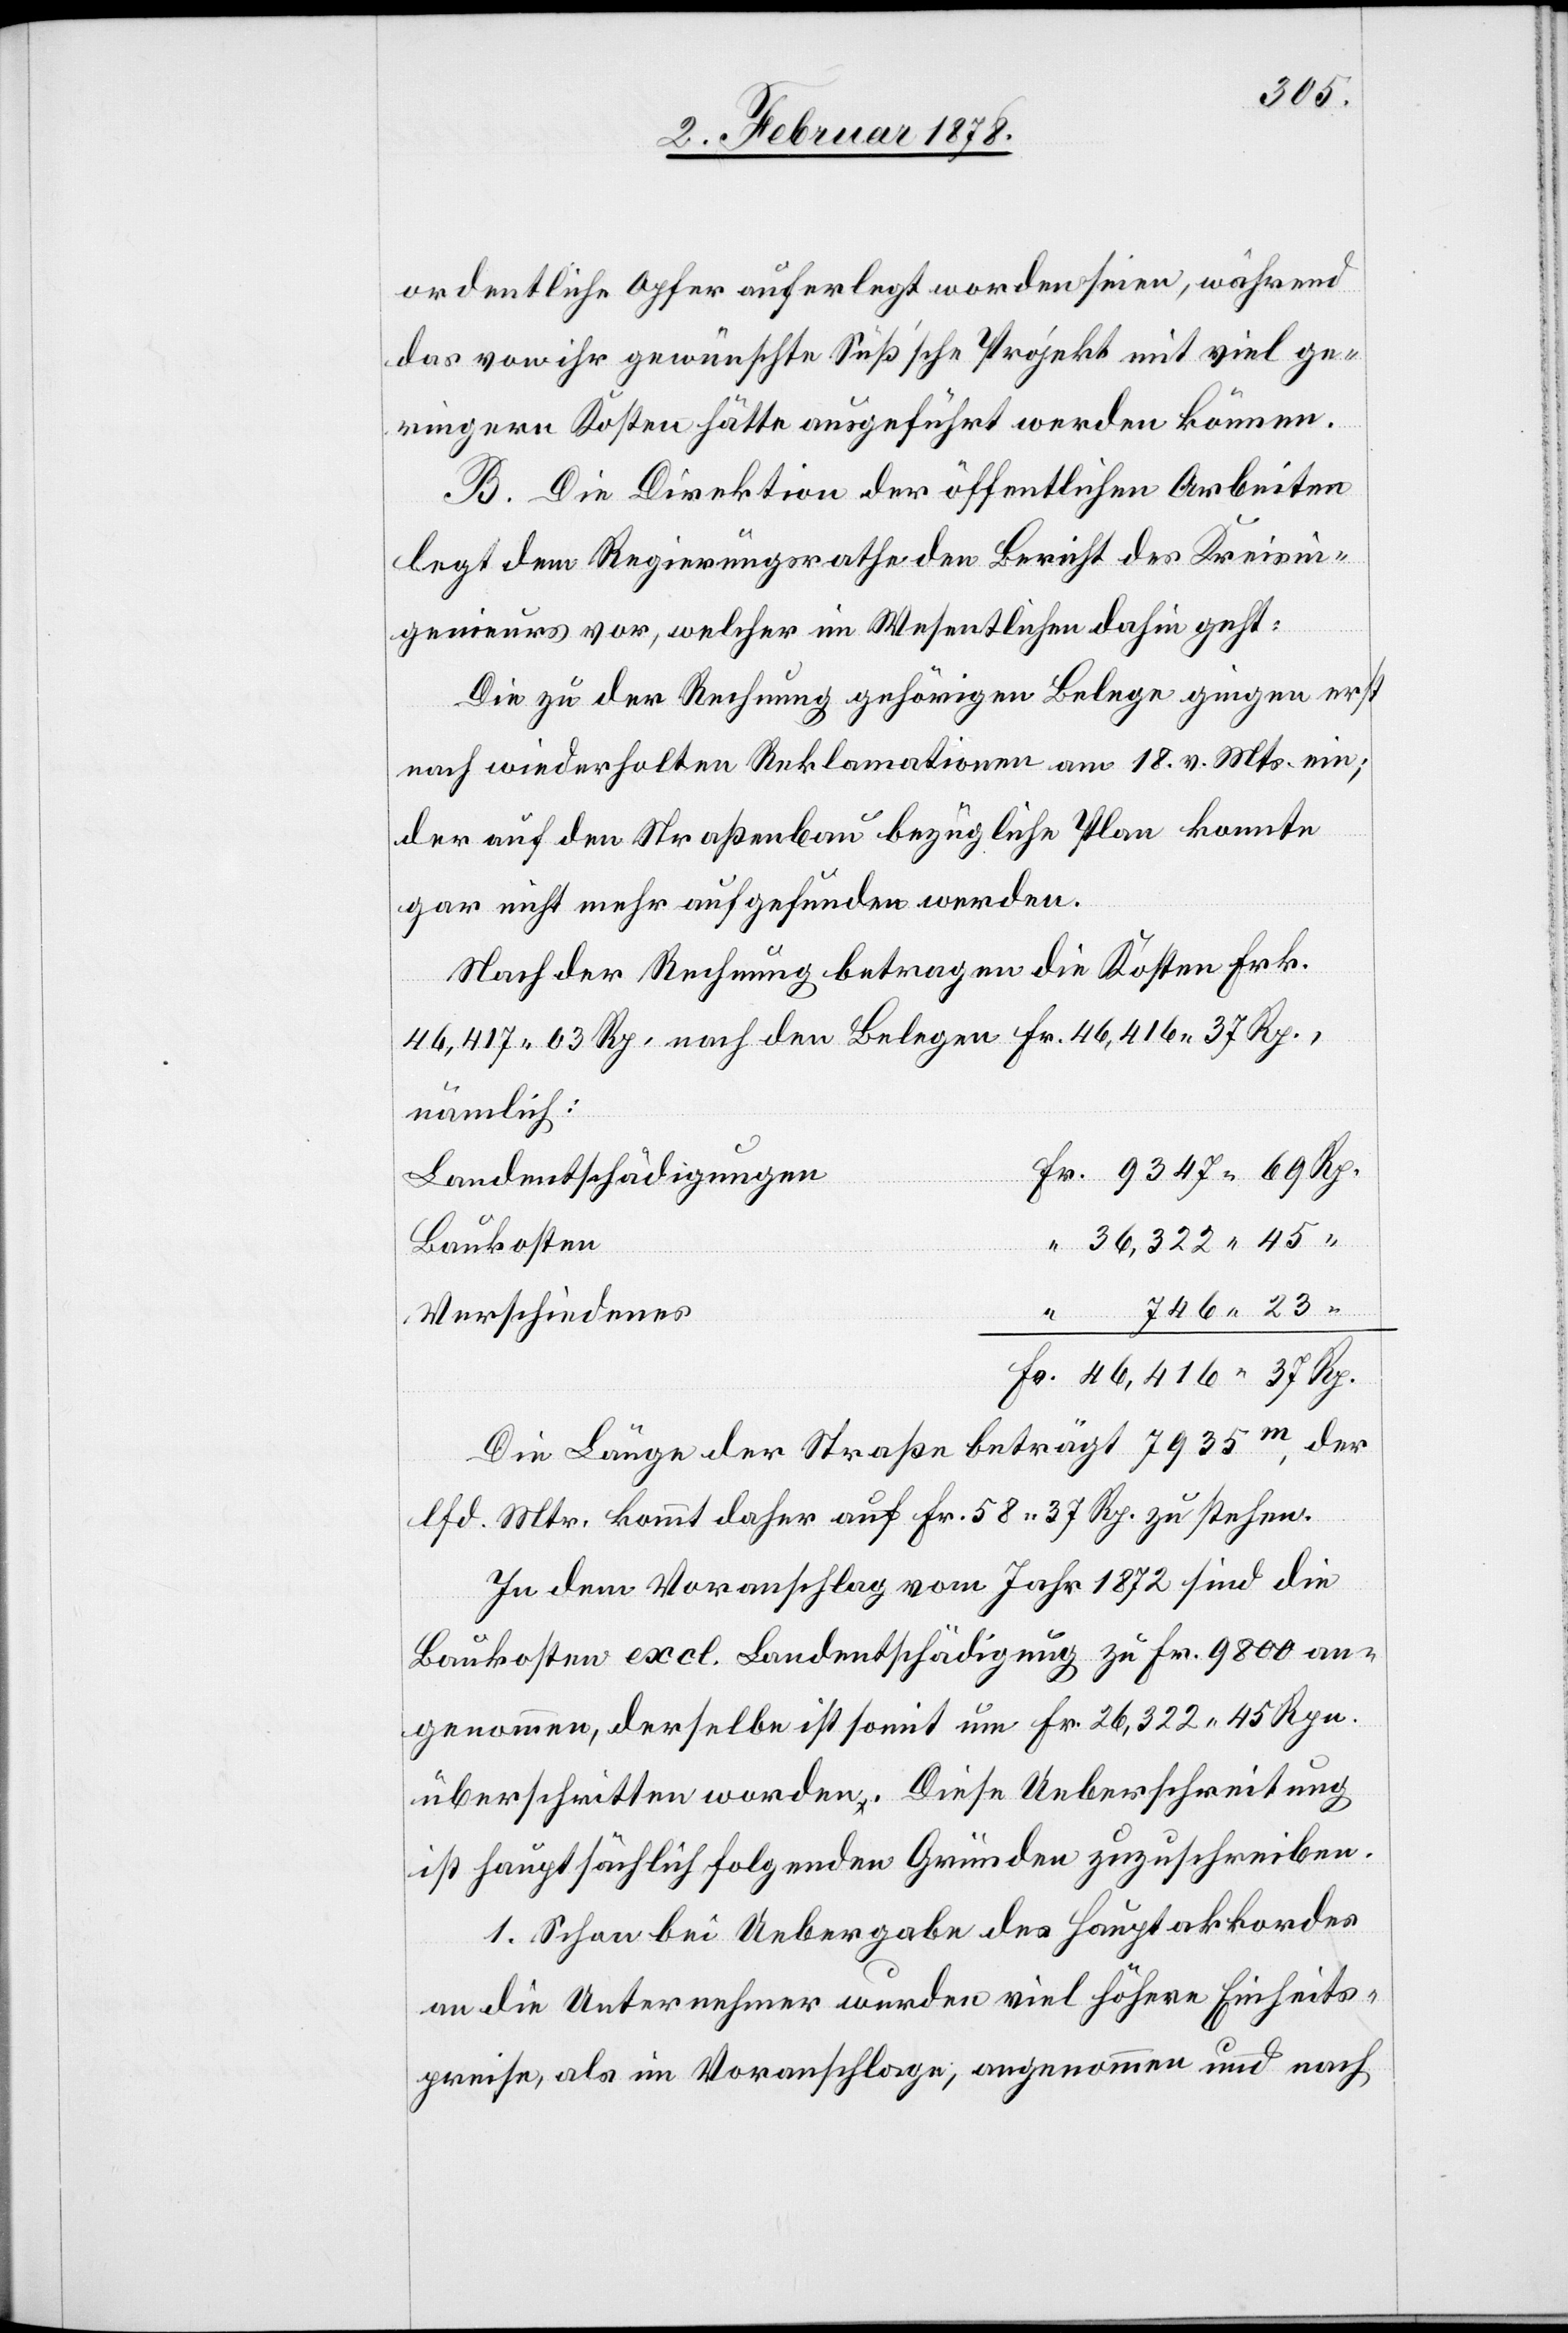
ordentliche Opfer auferlegt worden seien, während
das von ihr gewünschte Süß’sche Projekt mit viel ge¬
ringern Kosten hätte ausgeführt werden können.
B. Die Direktion der öffentlichen Arbeiten
legt dem Regierungsrathe den Bericht des Kreisin¬
genieurs vor, welcher im Wesentlichen dahin geht:
Die zu der Rechnung gehörigen Belege gingen erst
nach wiederholten Reklamationen am 18. v. Mts. ein;
der auf den Straßenbau bezügliche Plan konnte
gar nicht mehr aufgefunden werden.
Nach der Rechnung betragen die Kosten Frk.
46,417. 63 Rp. nach den Belegen Fr. 46,416. 37 Rp.,
nämlich:
Landentschädigungen
36,322. 45
Baukosten
746. 23
Verschiedenes
Die Länge der Straße beträgt 7935m, der
lfd. Mtr. kommt daher auf Fr. 58. 37 Rp. zu stehen.
In dem Voranschlag vom Jahr 1872 sind die
Baukosten excl. Landentschädigung zu Fr. 9800 an¬
genommen, derselbe ist somit um Fr. 26,322. 45 Rpn.
überschritten worden. Diese Ueberschreitung
ist hauptsächlich folgenden Gründen zuzuschreiben.
1. Schon bei Uebergabe des Hauptakkordes
an die Unternehmer wurden viel höhere Einheits¬
preise, als im Voranschlage, angenommen und nach